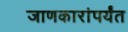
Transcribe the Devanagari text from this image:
जाणकारांपर्यंत